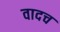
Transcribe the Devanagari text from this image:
वादच